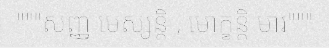
"""សញ្ញ មេស្សន្តិ , មោក្ខន្តិ មារ"""